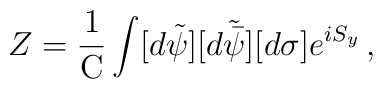
Z   = \frac{1}{\mbox{C}}\int[d\tilde{\psi}][d\tilde{\bar{\psi}}][d\sigma]       e^{iS_{y}}\, ,